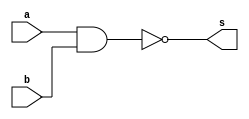
// -------------------------
// Exemplo0006 - NAND
// Nome: TIAGO MATTA MACHADO ZAIDAN
// -------------------------
// -------------------------
// -- nand gate
// -------------------------
module nandgate ( output s,
input a, b);
assign s = (~(a & b));
endmodule // nandgate
// ---------------------
// -- test nand gate
// ---------------------
module testnandgate;
// ------------------------- dados locais
reg a, b; // definir registradores
wire s; // definir conexao (fio)
// ------------------------- instancia
nandgate NAND1 (s, a, b);
// ------------------------- preparacao
initial begin:start
// atribuicao simultanea
// dos valores iniciais
a=0; b=0;
end
// ------------------------- parte principal
initial begin
$display("Exemplo0006 - TIAGO MATTA MACHADO ZAIDAN - 451620");
$display("Test NAND gate");
$display("\na ~& b = s\n");
a=0; b=0;
#1 $display("%b ~& %b = %b", a, b, s);
a=0; b=1;
#1 $display("%b ~& %b = %b", a, b, s);
a=1; b=0;
#1 $display("%b ~& %b = %b", a, b, s);
a=1; b=1;
#1 $display("%b ~& %b = %b", a, b, s);
end
endmodule // testnandgate